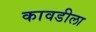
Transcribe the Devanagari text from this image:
कावडीला